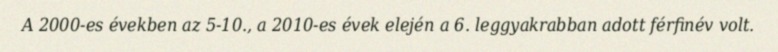
A 2000-es években az 5-10., a 2010-es évek elején a 6. leggyakrabban adott férfinév volt.